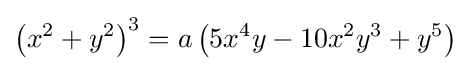
\left(x^{2}+y^{2}\right)^{3}=a\left(5x^{4}y-10x^{2}y^{3}+y^{5}\right)